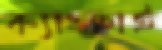
ক্যাংছাই